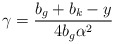
\begin{align*}\gamma =\frac{b_{g}+b_{k}-y}{4b_{g}\alpha^{2}}\end{align*}